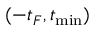
( - t _ { F } , t _ { \mathrm { m i n } } )